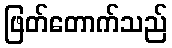
ဖြတ်တောက်သည်